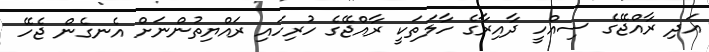
އަދި ރާއްޖޭގެ ސިއްހީ ދާއިރާގެ ހާލަތަކީ ރާއްޖޭގެ ހުރިހައި ރައްޔިތުންނަށް އެނގެން ޖެހޭ